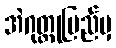
အဲဂုတ္တုပြည်မှ